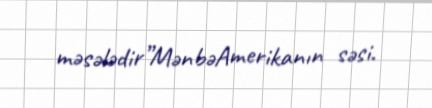
məsələdir”MənbəAmerikanın səsi.